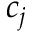
c _ { j }